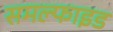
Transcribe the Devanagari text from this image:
समल्फाइड